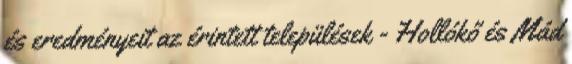
és eredményeit az érintett települések - Hollókő és Mád